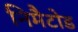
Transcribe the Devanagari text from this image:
निमैटोड